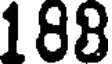
188